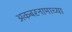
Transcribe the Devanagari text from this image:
अकबरनामाच्या